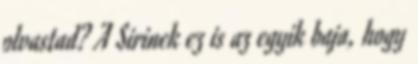
olvastad? A Sirinek ez is az egyik baja, hogy